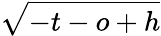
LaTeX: \sqrt{-t-o+h}